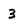
Character: 3